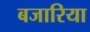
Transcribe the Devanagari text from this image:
बजारिया